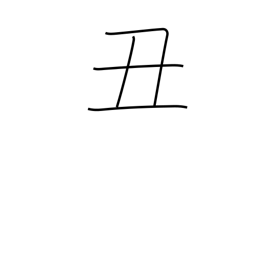
Meaning: sign of the ox or cow